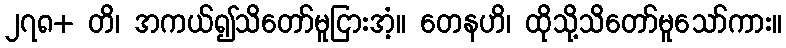
၂၇၈+ တိ၊ အကယ်၍သိတော်မူငြားအံ့။ တေနဟိ၊ ထိုသို့သိတော်မူသော်ကား။